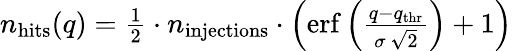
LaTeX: \begin{array}{r}{n_{\mathrm{hits}}(q)=\frac{1}{2}\cdot n_{\mathrm{injections}}\cdot\left(\mathrm{erf}\left(\frac{q-q_{\mathrm{thr}}}{\sigma\, \sqrt{2}}\right)+1\right)}\end{array}